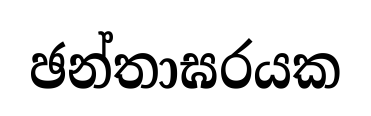
ඡන්තාඝරයක